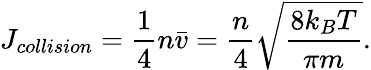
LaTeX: J_{collision}={\frac{1}{4}}n{\bar{v}}={\frac{n}{4}}{\sqrt{\frac{8k_{B}T}{\pi m}}}.